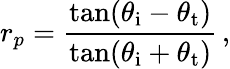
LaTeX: r_{p}={\frac{\tan(\theta_{\mathrm{i}}-\theta_{\mathrm{t}})}{\tan(\theta_{\mathrm{i}}+\theta_{\mathrm{t}})}}\, ,